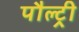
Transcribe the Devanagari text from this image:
पौल्ट्री